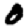
Digit: 0